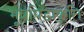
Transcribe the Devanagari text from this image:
मूत्रपिंडाकृति